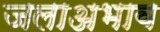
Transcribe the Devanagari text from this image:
जलाअभाव